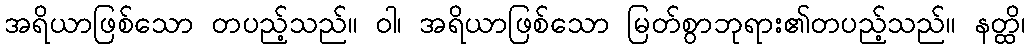
အရိယာဖြစ်သော တပည့်သည်။ ဝါ၊ အရိယာဖြစ်သော မြတ်စွာဘုရား၏တပည့်သည်။ နတ္ထိ၊